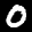
Label: 0